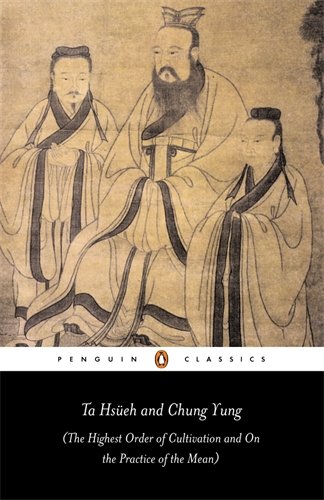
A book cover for Ta Hsueh and Chung Yung: (The Highest Order of Cultivation and On the Practice of the Mean) (Penguin Classics); Anonymous; Religion & Spirituality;